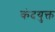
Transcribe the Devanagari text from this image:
कंदयुक्त